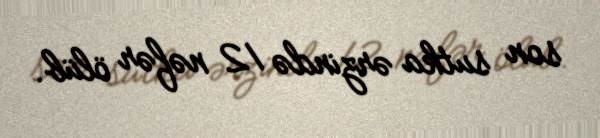
son sutka ərzində 12 nəfər ölüb.